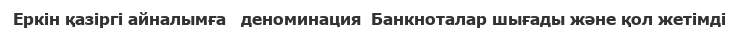
Еркін қазіргі айналымға   деноминация  Банкноталар шығады және қол жетімді